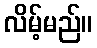
လိမ့်မည်။